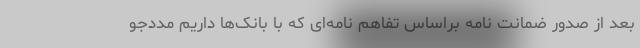
بعد از صدور ضمانت نامه براساس تفاهم نامه‌ای که با بانک‌ها داریم مددجو